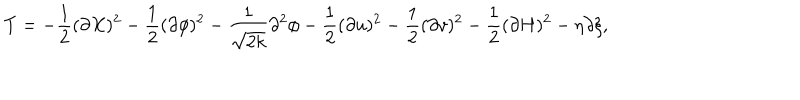
T = - \frac { 1 } { 2 } ( \partial X ) ^ { 2 } - \frac { 1 } { 2 } ( \partial \phi ) ^ { 2 } - \frac { 1 } { \sqrt { 2 k } } \partial ^ { 2 } \phi - \frac { 1 } { 2 } ( \partial u ) ^ { 2 } - \frac { 1 } { 2 } ( \partial v ) ^ { 2 } - \frac { 1 } { 2 } ( \partial H ) ^ { 2 } - \eta \partial \xi ,